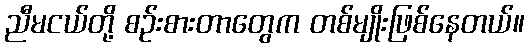
ညီမငယ်တို့ စဉ်းစားတာတွေက တစ်မျိုးဖြစ်နေတယ်။